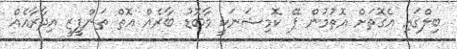
ބިލްގައި އެގޮތަށް އޮތުމުން ޕޭ ކޮމިޝަނަކީ މާބޮޑު ބާރެއް އޮތް ތަންފީޒީ އިދާރާއެއް